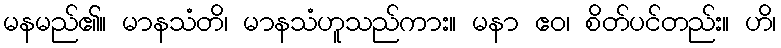
မနမည်၏။ မာနသံတိ၊ မာနသံဟူသည်ကား။ မနာ ဧဝ၊ စိတ်ပင်တည်း။ ဟိ၊